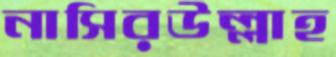
নাসিরউল্লাহ